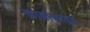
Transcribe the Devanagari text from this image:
कार्बामाइड